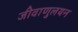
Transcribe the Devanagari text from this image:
जीवाणुलयन